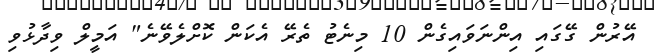
އޭރުން ގޭގައި އިންނަވައިގެން 10 މިނެޓު ތެރޭ އެކަން ކޮށްލެވޭނެ" އަމީލް ވިދާޅުވި